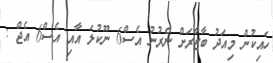
ހައިކުން މިއަދު ބާޒާރަށް ނެރުނު އެސް6 ނޫކުލަ އާއި އެސް6 އެޖް :